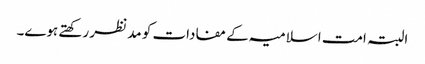
البتہ امت اسلامیہ کے مفادات کو مد نظر رکھتے ہوے۔